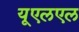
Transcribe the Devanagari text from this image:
यूएलएल